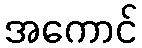
အကောင်